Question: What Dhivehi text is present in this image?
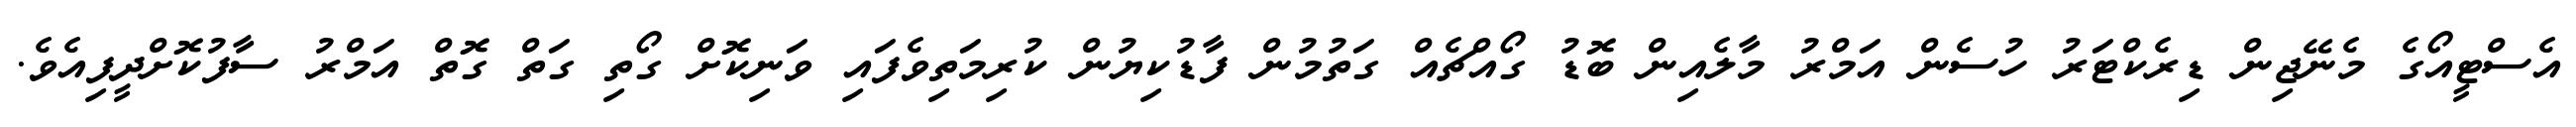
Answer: އެސްޓީއޯގެ މެނޭޖިން ޑިރެކްޓަރު ހުސެން އަމްރު މާލެއިން ބޮޑު ގޯއްޗެއް ގަތުމުން ފާޑުކިޔުން ކުރިމަތިވެފައި ވަނިކޮށް ގޯތި ގަތް ގޮތް އަމްރު ސާފުކޮށްދީފިއެވެ.